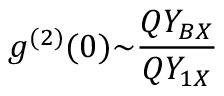
g ^ { ( 2 ) } ( 0 ) { \sim } \frac { Q Y _ { B X } } { Q Y _ { 1 X } }